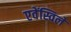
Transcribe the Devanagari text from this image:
एवेंस्विले